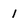
Character: 1